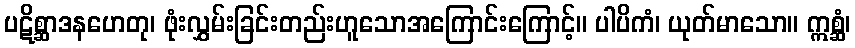
ပဋိစ္ဆာဒနဟေတု၊ ဖုံးလွှမ်းခြင်းတည်းဟူသောအကြောင်းကြောင့်။ ပါပိကံ၊ ယုတ်မာသော။ ဣစ္ဆံ၊